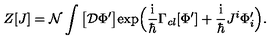
Z [ J ] = \mathcal { N } \int \big [ \mathcal { D } \Phi ^ { \prime } \big ] \mathrm { e x p } \Big ( \frac { \mathrm { i } } { \hbar } \Gamma _ { \mathit { c l } } [ \Phi ^ { \prime } ] + \frac { \mathrm { i } } { \hbar } J ^ { i } \Phi _ { i } ^ { \prime } \Big ) .